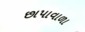
છાપાવાળા